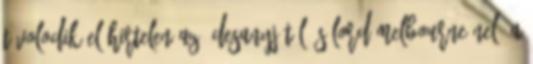
távolodik el hirtelen az édesanyjától és Lord Melbourne-nel, a